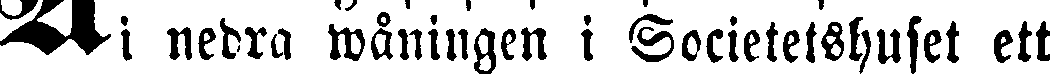
i nedra wåningen i Societetshuset ett